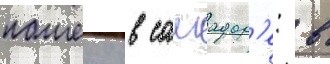
пашеку в салвадор'е: в